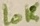
Text: 10K